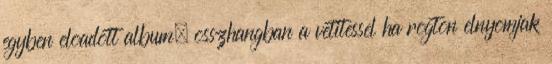
egyben eloadott album, osszhangban a vetitessel ha rogton elnyomjak